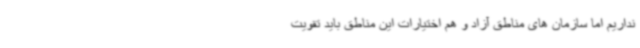
نداریم اما سازمان های مناطق آزاد و هم اختیارات این مناطق باید تقویت